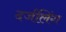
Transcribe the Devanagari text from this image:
दर्जलिंग